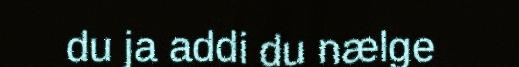
du ja addi du nælge